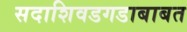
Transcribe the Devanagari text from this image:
सदाशिवडगडाबाबत